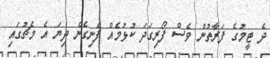
ދެ ޓީމުގެ ފަރާތުން ވެސް ފޯރިގަދަ ކުޅުމެއް ފެނިގެން ދިޔަ އެ މެޗުގައި